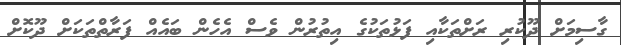
ގާސިމަށް ދޫކުރި ރަށްތަކާއި ފަޅުތަކުގެ އިތުރުން ވެސް އެހެން ބައެއް ފަރާތްތަކަށް ދޫކޮށް